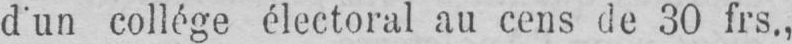
d’un collége électoral au cens de 30 frs.,